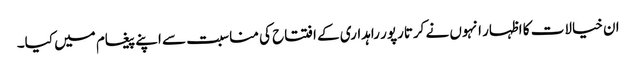
ان خیالات کا اظہار انہوں نے کرتارپور راہداری کے افتتاح کی مناسبت سے اپنے پیغام میں کیا۔